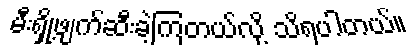
မီးရှို့ဖျက်ဆီးခဲ့ကြတယ်လို့ သိရပါတယ်။